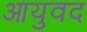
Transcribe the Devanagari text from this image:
आयुवद